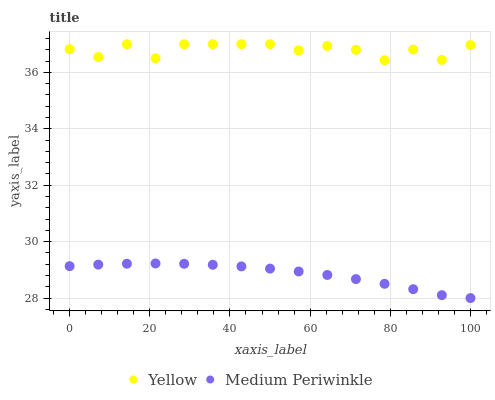
| xaxis_label | Yellow | Medium Periwinkle |
 | --- | --- | --- |
 | 0 | 36.8 | 29.1 |
 | 7.14 | 36.5 | 29.2 |
 | 14.3 | 37 | 29.2 |
 | 21.4 | 36.5 | 29.2 |
 | 28.6 | 37 | 29.2 |
 | 35.7 | 37 | 29.2 |
 | 42.9 | 37 | 29.1 |
 | 50 | 37 | 29 |
 | 57.1 | 36.8 | 28.9 |
 | 64.3 | 36.9 | 28.8 |
 | 71.4 | 36.8 | 28.7 |
 | 78.6 | 36.4 | 28.5 |
 | 85.7 | 36.8 | 28.3 |
 | 92.9 | 36.4 | 28.1 |
 | 100 | 37 | 28 |